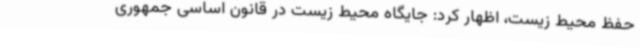
حفظ محیط ‌زیست، اظهار کرد: جایگاه محیط ‌زیست در قانون اساسی جمهوری